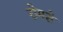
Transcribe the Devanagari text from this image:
रोमशे